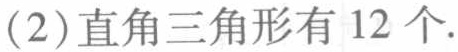
(2)直角三角形有 12 个.